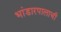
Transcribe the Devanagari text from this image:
भांडारपालाची